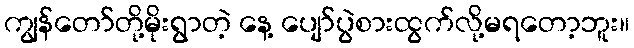
ကျွန်တော်တို့မိုးရွာတဲ့ နေ့ ပျော်ပွဲစားထွက်လို့မရတော့ဘူး။